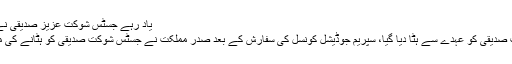
یاد رہے جسٹس شوکت عزیز صدیقی نے پاکستان کے ادارے آی ایس آی کیخلاف متبازہ بیان دیا تھا
تفصیلات کے مطابق اسلام آباد ہائیکورٹ کے جسٹس شوکت صدیقی کو عہدے سے ہٹا دیا گیا، سپریم جوڈیشل کونسل کی سفارش کے بعد صدر مملکت نے جسٹس شوکت صدیقی کو ہٹانے کی منظوری دے دی، وزارت قانون نے نوٹیفکیشن جاری کردیا۔